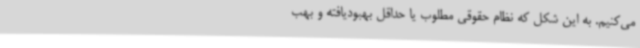
می‌کنیم. به این شکل که نظام حقوقی مطلوب یا حداقل بهبودیافته و بهب